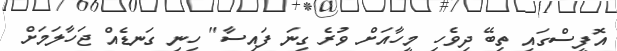
އޮފީސްގައި ތިބޭ ދިވެހި މީހާއަށް ވުރެ ގިނަ ފައިސާ" ހިނި ގަނޑެއް ޖަހާލަމަށް